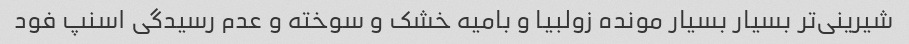
شیرینی‌تر بسیار بسیار مونده زولبیا و بامیه خشک و سوخته و عدم رسیدگی اسنپ فود